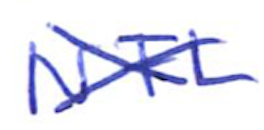
Text: NFL
Cross-out: cross
Writing tool: ballpoint